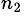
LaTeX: ^{n_{2}}